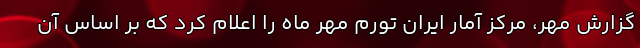
گزارش مهر، مرکز آمار ایران تورم مهر ماه را اعلام کرد که بر اساس آن